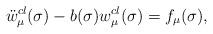
LaTeX: \begin{align*}\ddot{w}^{cl}_\mu(\sigma)-b(\sigma){w}^{cl}_\mu(\sigma)=f_\mu(\sigma),\end{align*}